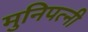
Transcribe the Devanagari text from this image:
मुनिपत्‍नी